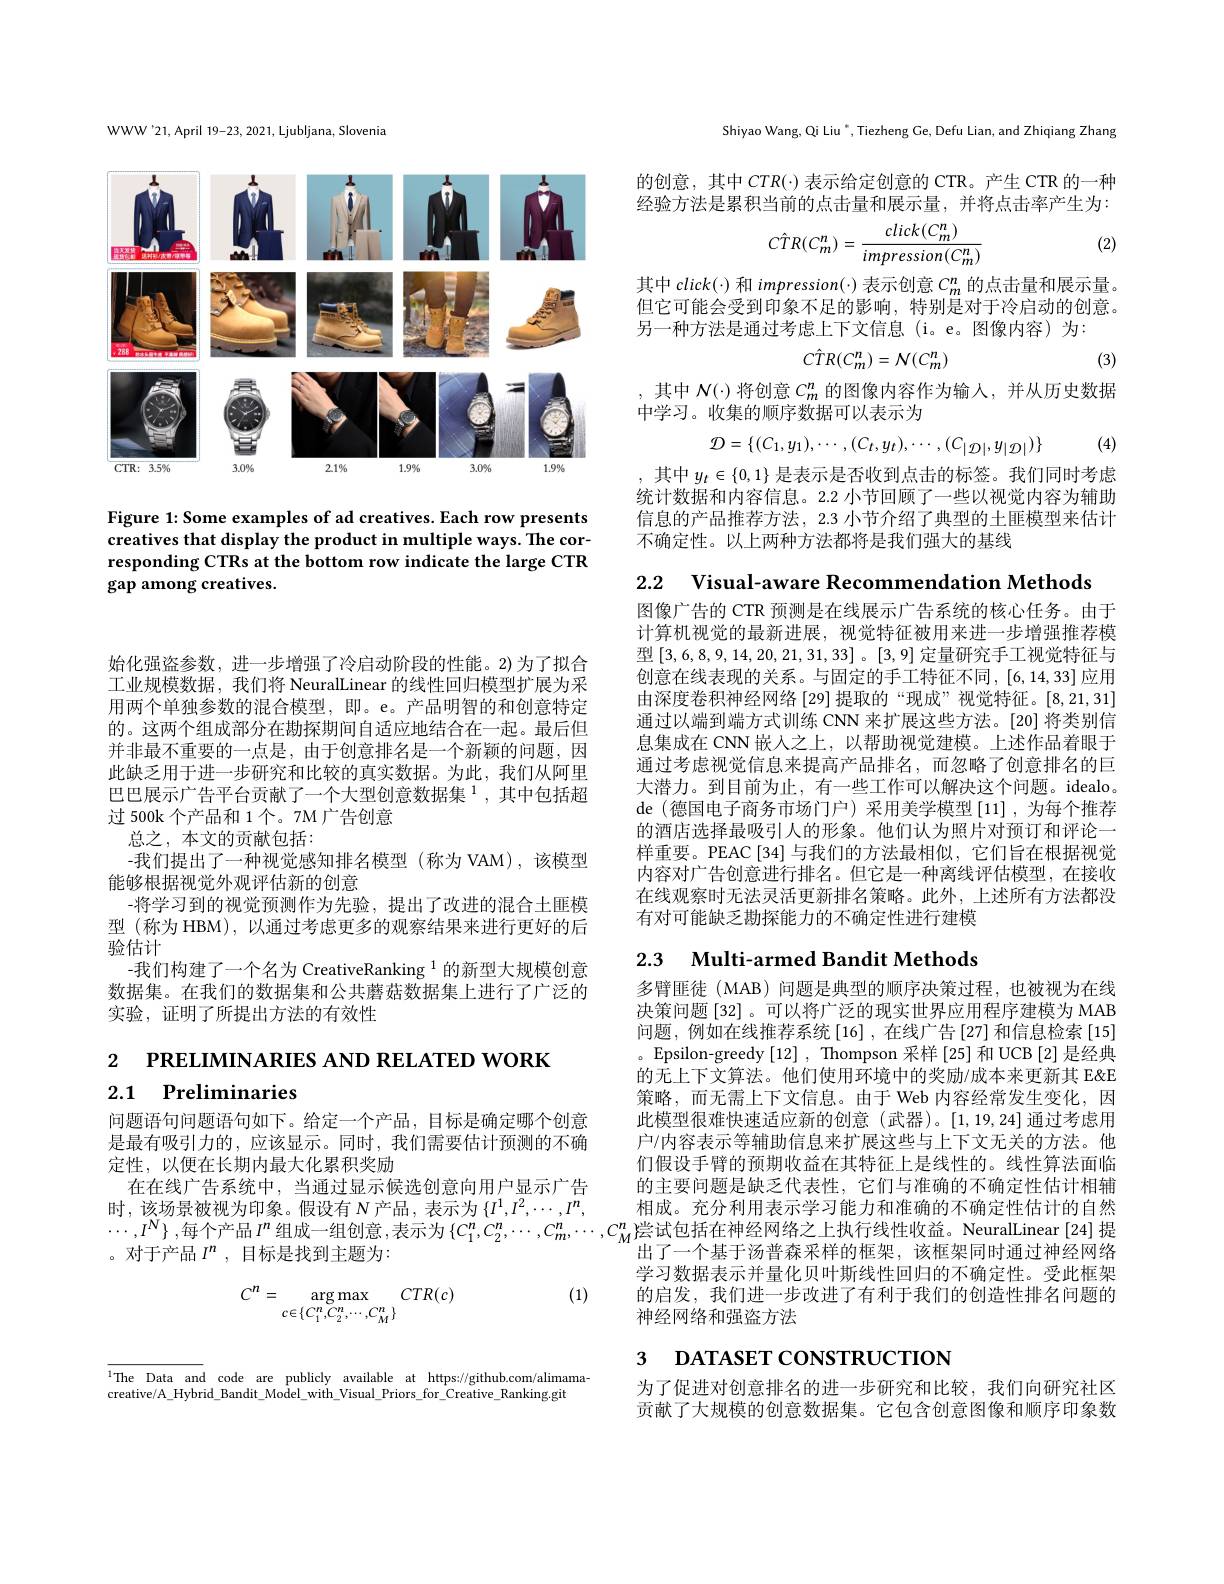
WWW'21,April 19-23, 2021, Ljubljana, Slovenia

<FigureHere>

Figure 1: Some examples of ad creatives. Each row presents creatives that display the product in multiple ways. The corresponding CTRs at the bottom row indicate the large CTR gap among creatives.

始化强盗参数，进一步增强了冷启动阶段的性能。2)为了拟合工业规模数据 , 我们将 NeuralLinear 的线性回归模型扩展为采用两个单独参数的混合模型，即。e。产品明智的和创意特定的。这两个组成部分在勘探期间自适应地结合在一起。最后但并非最不重要的一点是，由于创意排名是一个新颖的问题，因此缺乏用于进一步研究和比较的真实数据。为此，我们从阿里巴巴展示广告平台贡献了一个大型创意数据集$^{1}$,其中包括超过 500k 个产品和 1 个。7M 广告创意
总之，本文的贡献包括：
-我们提出了一种视觉感知排名模型(称为 VAM),该模型
能够根据视觉外观评估新的创意
-将学习到的视觉预测作为先验，提出了改进的混合土匪模型 (称为 HBM), 以通过考虑更多的观察结果来进行更好的后验估计
-我们构建了一个名为 CreativeRanking $^{1}$的新型大规模创意数据集。在我们的数据集和公共蘑菇数据集上进行了广泛的实验，证明了所提出方法的有效性

2 $\textbf{Р RELIMINARIES AND RELATED WORK}$
2.1 Preliminaries

问题语句问题语句如下。给定一个产品，目标是确定哪个创意是最有吸引力的，应该显示。同时，我们需要估计预测的不确定性，以便在长期内最大化累积奖励
在在线广告系统中，当通过显示候选创意向用户显示广告时，该场景被视为印象。假设有 N产品，表示为$\{I^1,I^2,\cdots,I^n$, 。对于产品$I^n$ , 目标是找到主题为：

(1)
$$C^n=\underset{c\in\{C_1^n,C_2^n,\cdots,C_M^n\}}{\operatorname*{\arg\max}}CTR(c)$$
Shiyao Wang, Qi Liu ", Tiezheng Ge, Defu Lian, and Zhiqiang Zhang

的创意，其中$CTR(\cdot)$表示给定创意的 CTR。产生 CTR 的一种经验方法是累积当前的点击量和展示量，并将点击率产生为：
$$C\hat{T}R(C_m^n)=\frac{click(C_m^n)}{impression(C_m^n)}$$
(2)

其中 click(·) 和 impression(·) 表示创意$C_m^n$的点击量和展示量。但它可能会受到印象不足的影响，特别是对于冷启动的创意。另一种方法是通过考虑上下文信息(i。e。图像内容)为：
$$\hat{CTR}(C_m^n)=\mathcal{N}(C_m^n)$$
(3)

,其中$N(\cdot)$将创意$C_m^n$的图像内容作为输人，并从历史数据
中学习。收集的顺序数据可以表示为

$\{$ (4)
$$\mathcal{D}=\{(C_1,y_1),\cdots,(C_t,y_t),\cdots,(C_{|\mathcal{D}|},y_{|\mathcal{D}|})\}$$
,其中$y_t\in\{0,1\}$是表示是否收到点击的标签。我们同时考虑统计数据和内容信息。2.2 小节回顾了一些以视觉内容为辅助信息的产品推荐方法，2.3 小节介绍了典型的土匪模型来估计不确定性。以上两种方法都将是我们强大的基线

2.2 Visual-aware Recommendation Methods

图像广告的 CTR 预测是在线展示广告系统的核心任务。由于计算机视觉的最新进展，视觉特征被用来进一步增强推荐模型$\left[3,6,8,9,14,20,21,31,33\right]$。$\left[3,9\right]$定量研究手工视觉特征与创意在线表现的关系。与固定的手工特征不同，[6,14,33]应用由深度卷积神经网络 [29] 提取的“现成”视觉特征。[8,21,31] 通过以端到端方式训练 CNN 来扩展这些方法。[20] 将类别信息集成在 CNN 嵌入之上，以帮助视觉建模。上述作品着眼于通过考虑视觉信息来提高产品排名，而忽略了创意排名的巨大潜力。到目前为止，有一些工作可以解决这个问题。idealo。de (德国电子商务市场门户) 采用美学模型[11],为每个推荐的酒店选择最吸引人的形象。他们认为照片对预订和评论一样重要。PEAC[34]与我们的方法最相似，它们旨在根据视觉内容对广告创意进行排名。但它是一种离线评估模型，在接收在线观察时无法灵活更新排名策略。此外，上述所有方法都没有对可能缺乏勘探能力的不确定性进行建模

## 2.3 Multi-armed Bandit Methods

多臂匪徒 (MAB) 问题是典型的顺序决策过程，也被视为在线决策问题 [32]。可以将广泛的现实世界应用程序建模为 MAB 问题，例如在线推荐系统[16] ,在线广告[27] 和信息检索 [15] 。Epsilon-greedy[12] , Thompson 采样 [25] 和 UCB [2] 是经典的无上下文算法。他们使用环境中的奖励/成本来更新其 E&E 策略，而无需上下文信息。由于 Web 内容经常发生变化，因此模型很难快速适应新的创意(武器)。[1,19,24]通过考虑用户/内容表示等辅助信息来扩展这些与上下文无关的方法。他们假设手臂的预期收益在其特征上是线性的。线性算法面临的主要问题是缺乏代表性，它们与准确的不确定性估计相辅相成。充分利用表示学习能力和准确的不确定性估计的自然
$\cdots,I^N\}$,每个产品$I^n$组成一组创意，表示为$\left\{C_1^n,C_2^n,\cdots,C_m^n,\cdots,C_M^n\right\}$尝试包括在神经网络之上执行线性收益。NeuralLinear[24] 提
出了一个基于汤普森采样的框架，该框架同时通过神经网络学习数据表示并量化贝叶斯线性回归的不确定性。受此框架的启发，我们进一步改进了有利于我们的创造性排名问题的神经网络和强盗方法

# 3 DATASET CONSTRUCTION

为了促进对创意排名的进一步研究和比较，我们向研究社区贡献了大规模的创意数据集。它包含创意图像和顺序印象数

$^{1}$The Data and code are publicly available at https://github.com/alimama-
creative/A\_Hybrid\_Bandit\_Model\_with\_Visual\_Priors\_for\_Creative\_Ranking.git